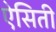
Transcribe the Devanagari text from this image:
ऐसिती